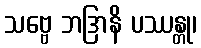
သဗ္ဗေ ဘဒြာနိ ပဿန္တု၊